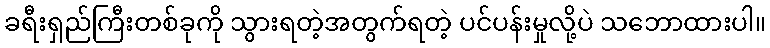
ခရီးရှည်ကြီးတစ်ခုကို သွားရတဲ့အတွက်ရတဲ့ ပင်ပန်းမှုလို့ပဲ သဘောထားပါ။